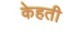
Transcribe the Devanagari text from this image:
केहती